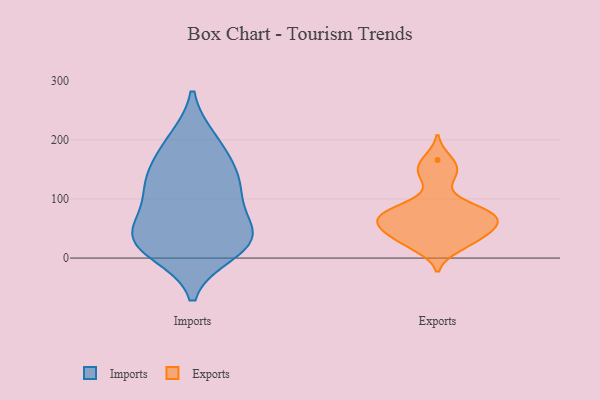
{"axis": {"x": "Budget (USD K)", "y": "Value"}, "legend": ["Exports", "Imports"], "data": [{"x": "", "y": 123, "type": "Imports"}, {"x": "", "y": 194, "type": "Imports"}, {"x": "", "y": 65, "type": "Imports"}, {"x": "", "y": 117, "type": "Imports"}, {"x": "", "y": 35, "type": "Imports"}, {"x": "", "y": 200, "type": "Imports"}, {"x": "", "y": 23, "type": "Imports"}, {"x": "", "y": 39, "type": "Imports"}, {"x": "", "y": 145, "type": "Imports"}, {"x": "", "y": 35, "type": "Imports"}, {"x": "", "y": 25, "type": "Imports"}, {"x": "", "y": 97, "type": "Imports"}, {"x": "", "y": 10, "type": "Imports"}, {"x": "", "y": 147, "type": "Imports"}, {"x": "", "y": 50, "type": "Exports"}, {"x": "", "y": 66, "type": "Exports"}, {"x": "", "y": 91, "type": "Exports"}, {"x": "", "y": 26, "type": "Exports"}, {"x": "", "y": 166, "type": "Exports"}, {"x": "", "y": 73, "type": "Exports"}, {"x": "", "y": 57, "type": "Exports"}, {"x": "", "y": 149, "type": "Exports"}, {"x": "", "y": 37, "type": "Exports"}, {"x": "", "y": 68, "type": "Exports"}, {"x": "", "y": 74, "type": "Exports"}, {"x": "", "y": 79, "type": "Exports"}, {"x": "", "y": 138, "type": "Exports"}, {"x": "", "y": 19, "type": "Exports"}, {"x": "", "y": 40, "type": "Exports"}]}